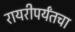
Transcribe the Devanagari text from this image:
रायरीपर्यंतचा